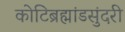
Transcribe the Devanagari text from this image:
कोटिब्रह्मांडसुंदरी